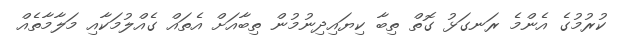
ކުރުމުގެ އެންމެ ރަނގަޅު ގޮތް ތިބާ ކިޔައިދިނުމުން ތިބާއަށް އެތައް ގެއްލުމަކާއި މަލާމާތެއް